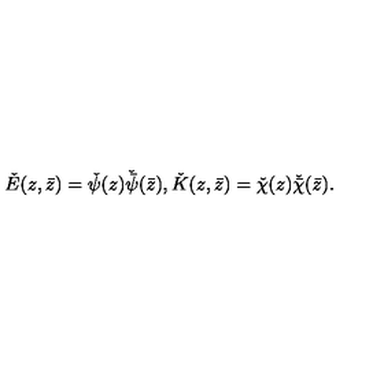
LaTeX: \check { E } ( z , \bar { z } ) = \check { \psi } ( z ) \check { \bar { \psi } } ( \bar { z } ) , \check { K } ( z , \bar { z } ) = \check { \chi } ( z ) \check { \bar { \chi } } ( \bar { z } ) .